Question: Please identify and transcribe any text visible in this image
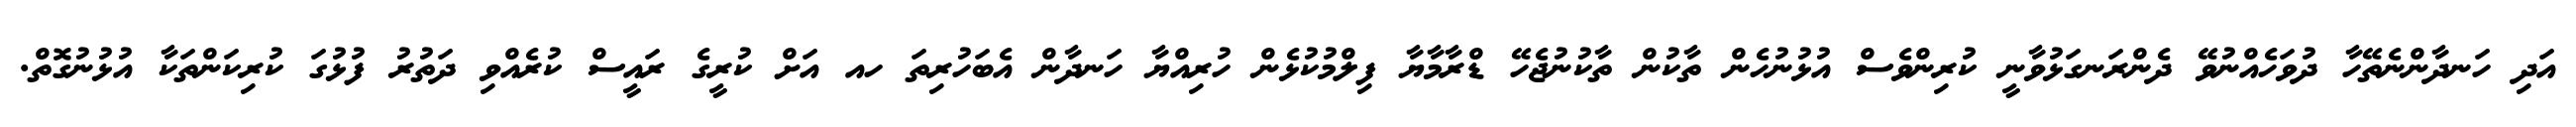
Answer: އަދި ހަނދާންނެތޭހާ ދުވަހެއްނުވޭ ދެންރަނގަޅުވާނީ ކުރިންވެސް އުޅުނުހެން ތާކުން ތާކުނުޖެހޭ ޑްރާމާޔާ ފިލްމުކުޅެން ހުރިއްޔާ ހަނދާން އެބަހުރިތަ ހއ އަށް ކުރީގެ ރައީސް ކުރެއްވި ދަތުރު ފުޅުގަ ކުރިކަންތަކާ އުޅުނުގޮތް.